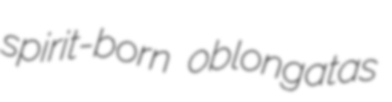
spirit-born oblongatas